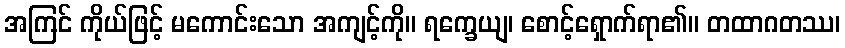
အကြင် ကိုယ်ဖြင့် မကောင်းသော အကျင့်ကို။ ရက္ခေယျ၊ စောင့်ရှောက်ရာ၏။ တထာဂတဿ၊